Indian Medical Review
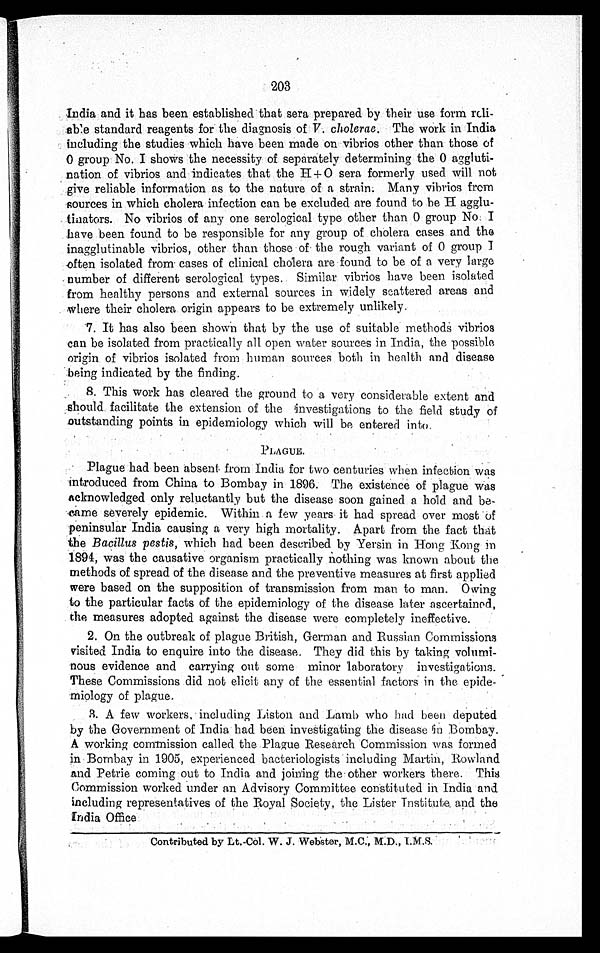
203
India and it has been established that sera prepared by their Use form
reli-able standard reagents for the diagnosis of v. cholerae. The work in India
including the studies which have been made on vibrios other than those of
O group No.I shows the necessity of separately determining the O aggluti
-nation of vibrios and indicates that the H+O sera formerly used will not
give reliable information as to the nature of a strain. Many vibrios from
sources in which cholera infection can be excluded are found to be H
agglu-tinators No vibrios of any one serological type other than O group No: I
have been found to be responsible for any group of cholera cases and the
inagglutinable vibrios, other than those of the rough variant of O group I.
often isolated from . cases of clinical cholera are found to be of a very large
number of different serological types. Similar vibrios have been isolated
from healthy persons and external sources in widely scattered areas and
where their cholera origin appears to be extremely unlikely.
7. It has also been shown that by the use of suitable methods vibrios
can be isolated from practically all open water sources in India, the possible
origin of vibrios isolated from human sources both in health and disease
being indicated by the finding.
8. This work has cleared the ground to a very considerable extent and
should facilitate the extension of the investigations to the field study of
outstanding points in epidemiology which will be entered into.
PLAGUE.
Plague had been absent from India for two centuries when infection was
introduced from China to Bombay in 1896. The existence of plague was
acknowledged only reluctantly but the disease soon gained a hold and
be-came severely epidemic. Within a few years it had spread over most of
peninsular India causing a very high mortality. Apart from the fact that
the Bacillus pestis, which had been described by Yersin in Hong Kong in
1894, was the causative organism practically nothing was known about the
methods of spread of the disease and the preventive measures at first applied
were based on the supposition of transmission from man to man. Owing
to the particular facts of the epidemiology of the disease later ascertained,
the measures adopted against the disease were completely ineffective.
2. On the outbreak of plague British, German and Russian Commissions
visited India to enquire into the disease. They did this by taking volumi
- n o u s e v i d e n c e a n d c a r r y i n g o u t s o m e m i n o r l a b o r a t o r y i n v e s t i g a t i o n s .
These Commissions did not elicit any of the essential factors in the
epide-miology of plague.
3. A few workers, including Liston and Lamb who had been deputed
by the Government of India had been investigating the disease in Bombay.
A working commission called the Plague Research Commission was formed
in Bombay in 1905, experienced bacteriologists including Martin, Rowland
and Petrie coming out to India and joining the other workers there. This
Commission worked under an Advisory Committee constituted in India and
including representatives of the Royal Society, the Lister Institute and the
India Office
Contributed by Lt.Col. W. J . Webster, M.C., M.D., I.M.S.